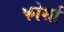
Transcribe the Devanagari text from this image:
फोर्शा